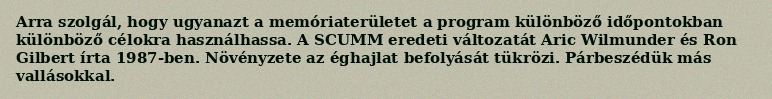
Arra szolgál, hogy ugyanazt a memóriaterületet a program különböző időpontokban különböző célokra használhassa. A SCUMM eredeti változatát Aric Wilmunder és Ron Gilbert írta 1987-ben. Növényzete az éghajlat befolyását tükrözi. Párbeszédük más vallásokkal.